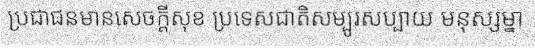
ប្រជាជនមានសេចក្តីសុខ ប្រទេសជាតិសម្បូរសប្បាយ មនុស្សម្នា